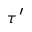
\tau ^ { \prime }